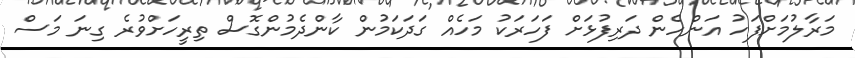
މަރާލުމަށްފަހު އަންހެން ދަރިފުޅަށް ފަހަރަކު މަހެއް ގަދަކަމުން ކާންދެމުންގޮސް ތިރީހަށްވުރެ ގިނަ މަސް